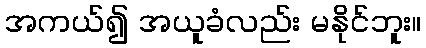
အကယ်၍ အယူခံလည်း မနိုင်ဘူး။